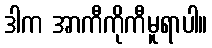
ဒါက အာကီကိုကီမူရာပါ။